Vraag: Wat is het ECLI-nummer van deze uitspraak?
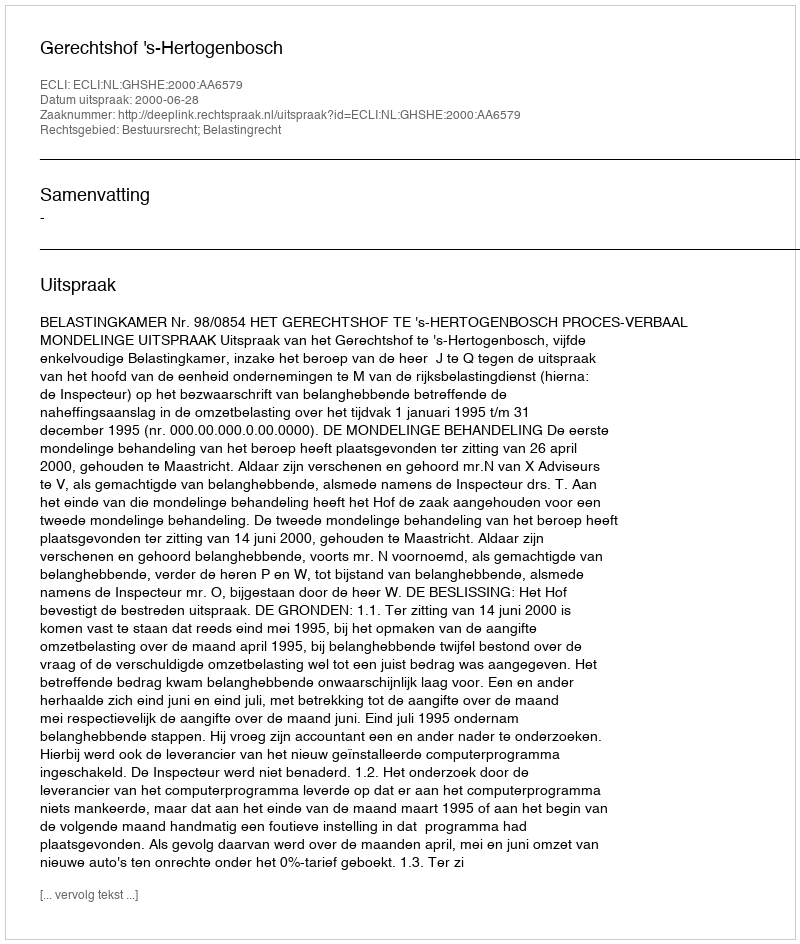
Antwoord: ECLI:NL:GHSHE:2000:AA6579